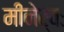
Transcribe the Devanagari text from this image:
मीनेर्वः